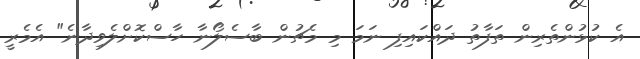
އެ ކުޅުންތެރިން ތަފާތު ދައްކައިފި ނަމަ މި މެޗުން ބާސެލޯނާ ހާސްކޮށްލެވިދާނެ" އެމެރީ